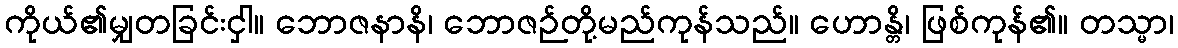
ကိုယ်၏မျှတခြင်းငှါ။ ဘောဇနာနိ၊ ဘောဇဉ်တို့မည်ကုန်သည်။ ဟောန္တိ၊ ဖြစ်ကုန်၏။ တသ္မာ၊